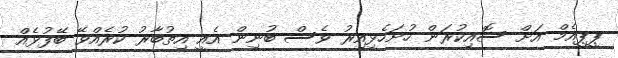
ޕީޕީއެމް އަށް ސޮއިކުރަން ހުށަހެޅިއިރު ވެސް ބުނިން އެއީ އިތުބާރު ކުރެއްވޭ ބޭފުޅެއް